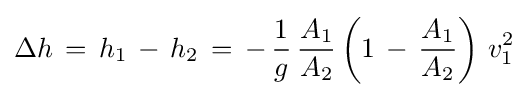
\Delta h\,=\,h_{1}\,-\,h_{2}\,=\,-\,{\frac {1}{g}}\,{\frac {A_{1}}{A_{2}}}\left(1\,-\,{\frac {A_{1}}{A_{2}}}\right)\,v_{1}^{2}